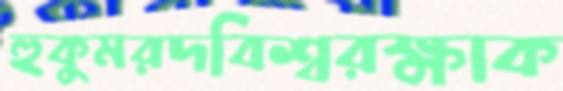
হুকুমরদবিশ্বরক্ষাক